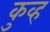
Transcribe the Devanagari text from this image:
कुव्ह